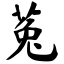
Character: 菟